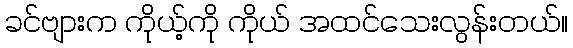
ခင်ဗျားက ကိုယ့်ကို ကိုယ် အထင်သေးလွန်းတယ်။